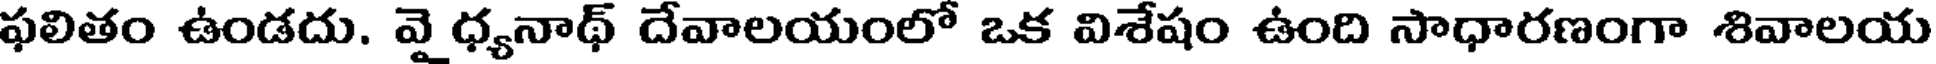
ఫలితం ఉండదు. వై ధ్యనాథ్ దేవాలయంలో ఒక విశేషం ఉంది సాధారణంగా శివాలయ